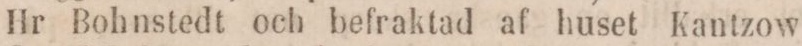
Hr Bohnstedt och befraktad af huset Kantzow